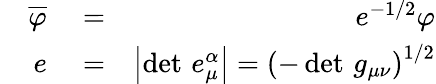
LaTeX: \begin{array}{rlr}{\quad\overline{{\varphi}}}&{{}=}&{e^{-1/2}\varphi}\\ {e}&{{}=}&{\left\vert\operatorname*{det}\, e_{\mu}^{\alpha}\right\vert=\left(-\operatorname*{det}\, g_{\mu\nu}\right)^{1/2}}\end{array}